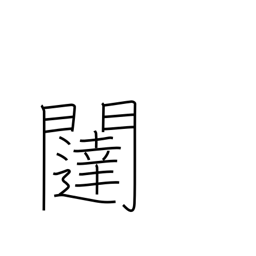
Meaning: gate